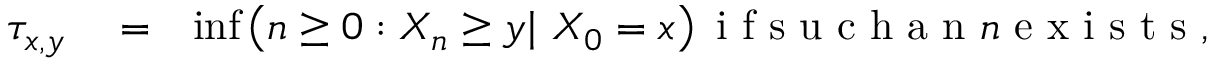
\begin{array} { r l r } { \tau _ { x , y } } & { { } = } & { \operatorname* { i n f } \left( n \geq 0 : X _ { n } \geq y { \mathbb \mid } \mathrm { ~ } X _ { 0 } = x \right) \mathrm { ~ i ~ f ~ s ~ u ~ c ~ h ~ a ~ n ~ } n \mathrm { ~ e ~ x ~ i ~ s ~ t ~ s ~ , ~ } } \end{array}